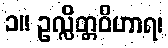
၁။ ဥလ္လိတ္တဝိဟာရ၊